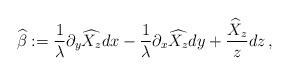
LaTeX: \begin{align*}\widehat\beta:=\frac{1}{\lambda}{\partial_y \widehat{X_z}}dx-\frac{1}{\lambda}{\partial_x \widehat{X_z}}dy+\frac{\widehat X_z}{z}dz\,,\end{align*}